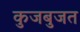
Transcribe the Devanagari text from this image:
कुजबुजत